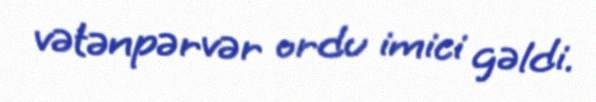
vətənpərvər ordu imici gəldi.